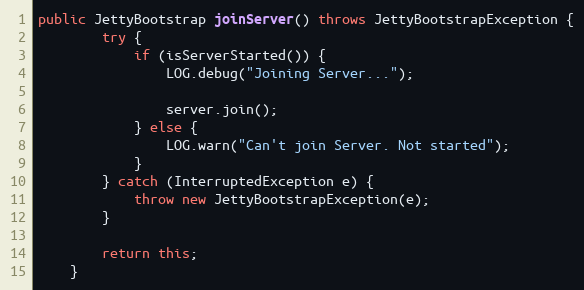
Language: Java
public JettyBootstrap joinServer() throws JettyBootstrapException {
        try {
            if (isServerStarted()) {
                LOG.debug("Joining Server...");

                server.join();
            } else {
                LOG.warn("Can't join Server. Not started");
            }
        } catch (InterruptedException e) {
            throw new JettyBootstrapException(e);
        }

        return this;
    }